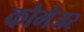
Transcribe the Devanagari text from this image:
कौमेजर